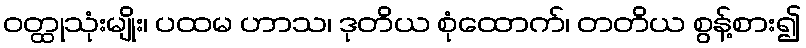
ဝတ္ထုသုံးမျိုး၊ ပထမ ဟာသ၊ ဒုတိယ စုံထောက်၊ တတိယ စွန့်စား၍